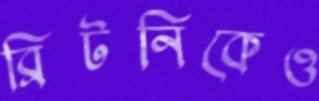
ব্রিটনিকেও